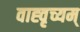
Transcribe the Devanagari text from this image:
वाह्वृच्यम्